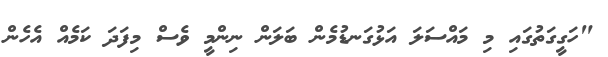
"ހަގީގަތުގައި މި މައްސަލަ އަޅުގަނޑުމެން ބަލަން ނިންމީ ވެސް މިފަދަ ކަމެއް އެހެން